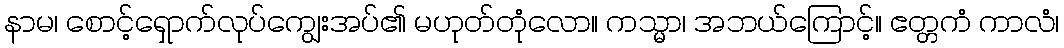
နာမ၊ စောင့်ရှောက်လုပ်ကျွေးအပ်၏ မဟုတ်တုံလော။ ကသ္မာ၊ အဘယ်ကြောင့်။ ဧတ္တကံ ကာလံ၊